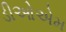
ડીઓએમ